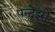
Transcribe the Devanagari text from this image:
पन्देइरो